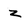
Character: z